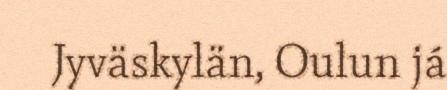
Jyväskylän, Oulun já